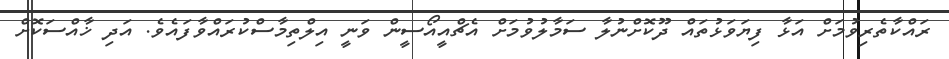
ރައްކާތެރިވުމަށް އަޅާ ފިޔަވަޅުތައް ދޫކޮށްނުލާ ސަމާލުވުމަށް އެޗްއީއޯސީން ވަނީ އިލްތިމާސްކުރައްވާފައެވެ. އަދި ޚާއްސަކޮށް